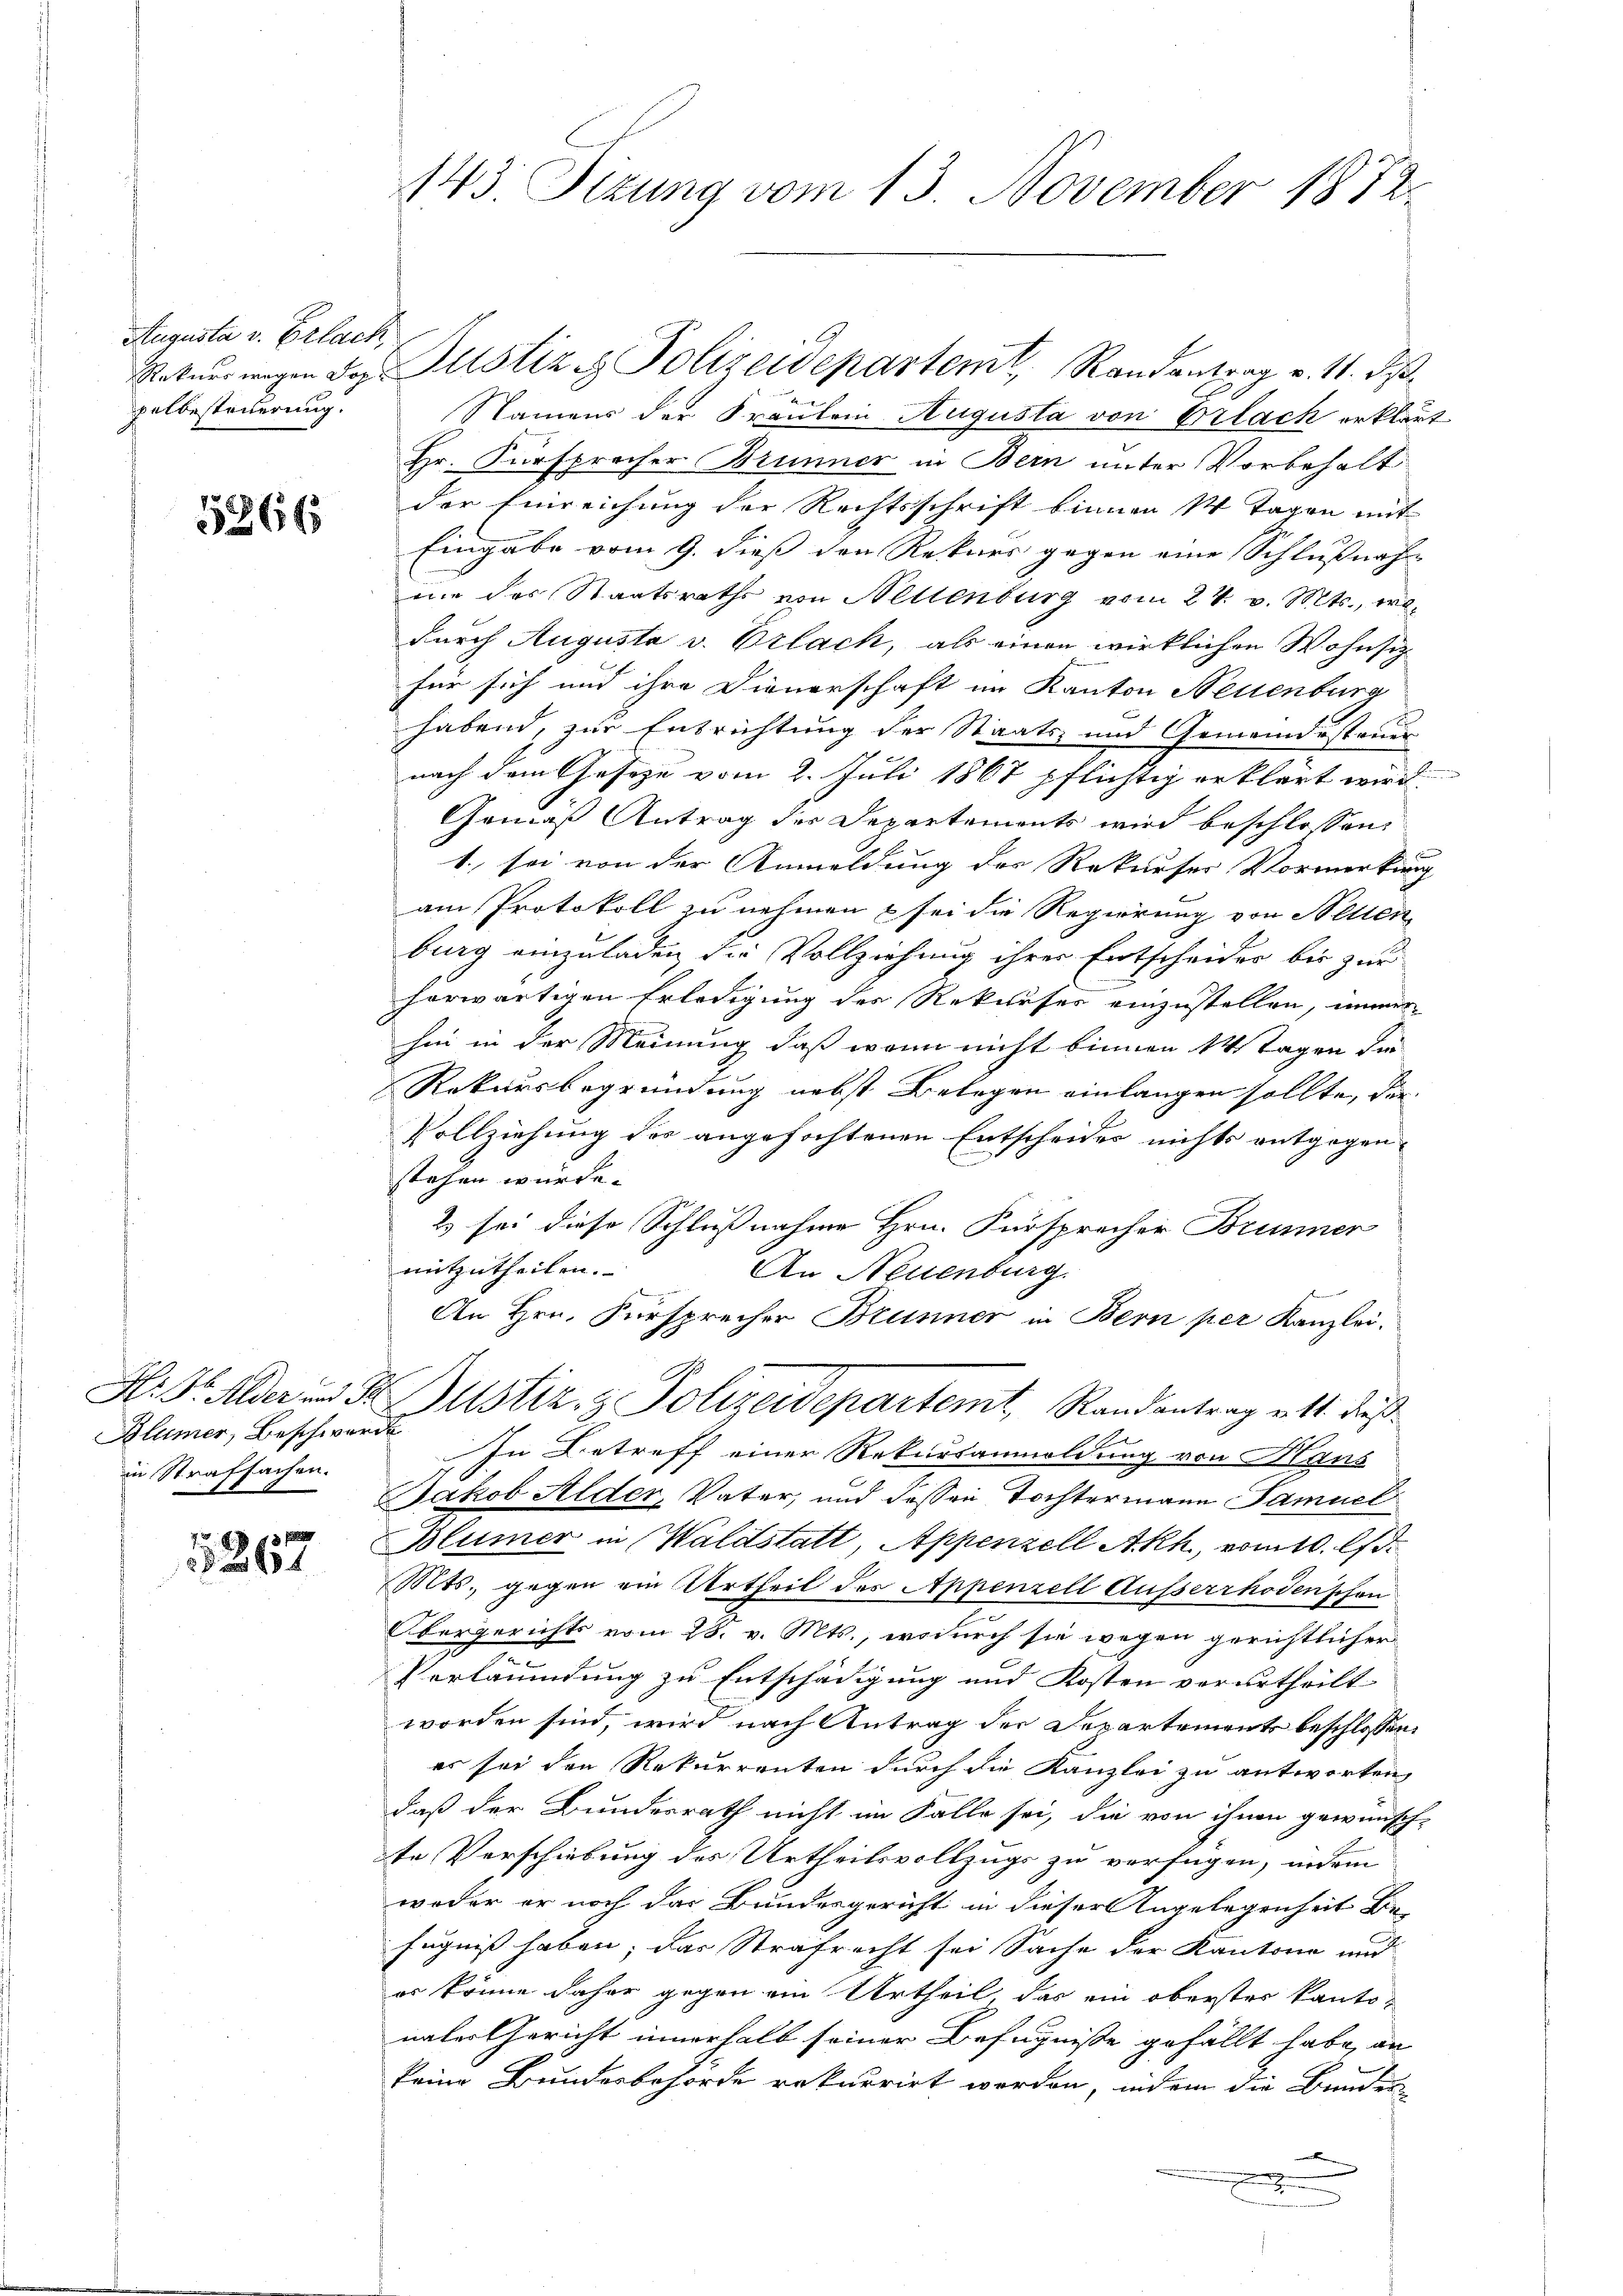
Augusta v. Erlack,
palbesteuerung.

5366

Hr. Dr. Alder und Gr
Blümer, Beschwerde
in Strafsachen.

15267

143. Sizung vom 13. November 1872.

Namens der Fräulein Augusta von Erlach erklärt
Hr. Fürsprecher Brunner in Bern unter Vorbehalt
der Einreichung der Rechtsschrift binnen 1 Tagen mit
Eingabe vom 9. dieß den Rekurs gegen eine Schlußnahe |
ime des Staatsraths von Nellenburg vom 27. v. Mts., wodurch Augusta v. Erlach, als einen wirklichen Wohnsitz
für sich und ihre Dienerschaft im Kanton Neuenburg
habend, zur Entrichtung der Staats- und Gemeindesteuer
nach dem Gesetze vom 2. Juli 1867 pflichtig erklärt wird.
Gemäß Antrag der Departements wird beschlossen,
1. sei von der Anmeldung des Rekurser Vormerkung
am Protokoll zu nehmen & sei die Regierung von Seiten
burg einzuladen die Vollziehung ihrer Entscheides bis zur
horwärtigen Erledigung des Rekurser einzustellen, immer
hin in der Meinung, daß wenn nicht binnen 14 Tagen der
Rekursbegründung nebst Belegen einlangen sollte, da
Vollziehung des angefochtenen Entscheides nichts entgegen-
stehen würde.
2) sei diese Schlußnahme Hrn. Fürsprecher Brunner
mitzutheilen.
An Neuenburg.
An Hrn. Fürsprecher Brunner in Bern per Kanzlei.
Justiz- & Polizeidepartemt, Randantrag ett dieß
1
In Betreff einer Rekursanmeldung von Haus
Jakob Alder, Vater, und dessen Tochtermann Samuel
Blümer in Waldstatt Appenzell Akh, vom 10. lt.
Mts., gegen ein Urtheil des Appenzell Ausserrhodenschen
Obergerichts vom 28. v. Mts., wodurch sie wegen gerichtlicher
Verläumdung zu Entschädigung und Kosten verurtheilt
worden sind, wird nach Antrag der Departement beschlossen:
er sei den Rekurrenten durch die Kanzlei zu antworten,
daß der Bundesrath nicht im Falle sei, die von ihnen gewünsch-
te Verschiebung des Urtheilsvollzugs zu verfügen, indem
woder er noch das Bundesgericht in dieser Angelegenheit Be-
fugniß haben; das Strafrecht sei Sache der Kantone und
es könne daher gegen ein Urtheil das ein oberster kanto-
naler Gericht innerhalb seiner Befugnisse gefällt habe, an
keine Bundesbehörde rekurrirt werden, indem die Bunden
x
n

Ratner wegen das Altstiz & Polizeidepartemt, Randantrag v. 11. ds.